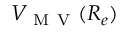
V _ { \mathrm { ~ M ~ V ~ } } ( R _ { e } )